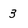
Character: 3